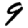
Digit: 9